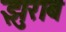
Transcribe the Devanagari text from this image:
झुराब